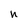
Character: n